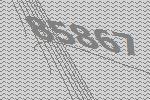
85867